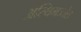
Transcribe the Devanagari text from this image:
अस्थिमज्जेत